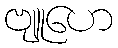
ဗျူဟေ